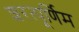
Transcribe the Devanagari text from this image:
शरत्पूर्णिम